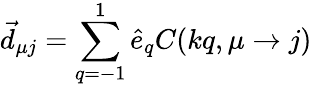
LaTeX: \vec{d}_{\mu j}=\sum_{q=-1}^{1}\hat{e}_{q}C(kq,\mu\to j)